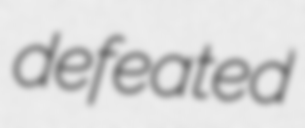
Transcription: defeated